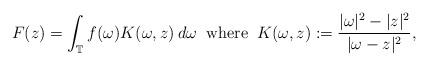
LaTeX: \begin{align*}F(z) = \int_{\mathbb{T}}{f(\omega) K(\omega, z) \: d \omega} \: \mbox{ where } \: K(\omega, z) := \frac{|\omega|^{2} - |z|^2}{|\omega - z|^2},\end{align*}